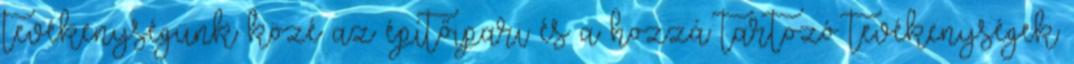
tevékenységünk közé az építőipari és a hozzá tartozó tevékenységek